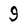
Character: 9